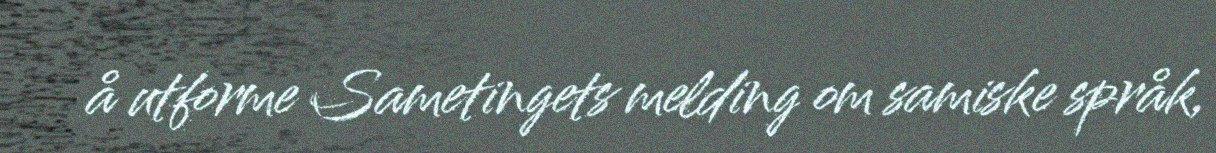
å utforme Sametingets melding om samiske språk,